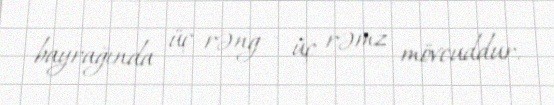
bayrağında üç rəng - üç rəmz mövcuddur.